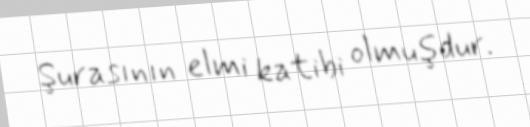
Şurasının elmi katibi olmuşdur.